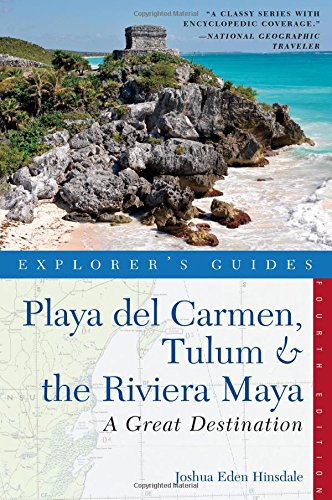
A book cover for Explorer's Guide Playa del Carmen, Tulum & the Riviera Maya: A Great Destination (Fourth Edition)  (Explorer's Great Destinations); Joshua Eden Hinsdale; Travel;